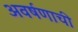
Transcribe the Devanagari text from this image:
अवर्षणाची